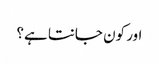
اور کون جانتا ہے؟